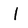
Character: I